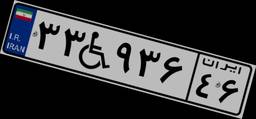
۲۵W۹۰۱۸۳